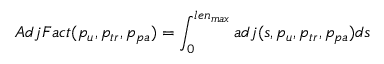
A d j F a c t ( p _ { u } , p _ { t r } , p _ { p a } ) = \int _ { 0 } ^ { l e n _ { m a x } } a d j ( s , p _ { u } , p _ { t r } , p _ { p a } ) d s